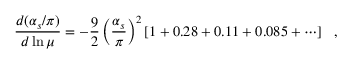
\frac { d ( \alpha _ { s } / \pi ) } { d \ln \mu } = - \frac { 9 } { 2 } \left( \frac { \alpha _ { s } } { \pi } \right) ^ { 2 } \left[ 1 + 0 . 2 8 + 0 . 1 1 + 0 . 0 8 5 + \cdots \right] \ \ ,